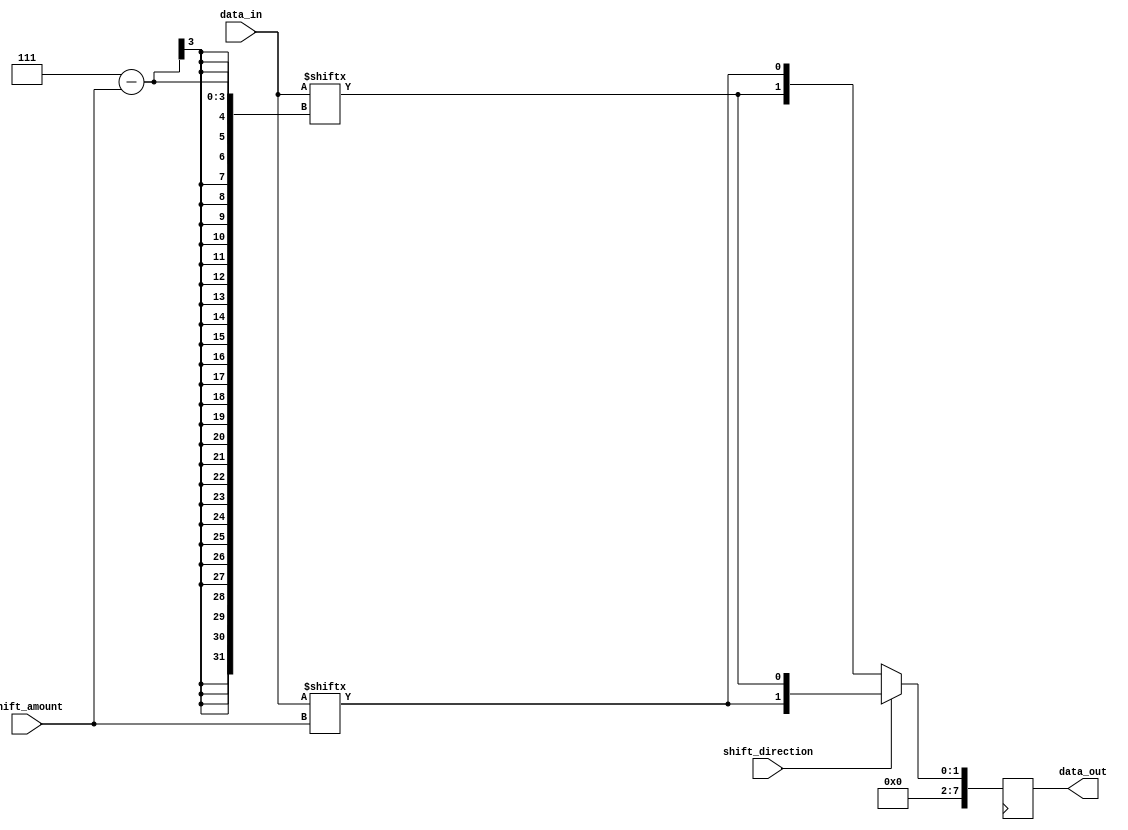
module barrel_shifter(input [7:0] data_in,
                        input [2:0] shift_amount,
                        input shift_direction,
                        output reg [7:0] data_out);

    always @(posedge clk) begin
        if (shift_direction) begin // Left shift
            data_out <= {data_in[shift_amount[2:0]], data_in[7-shift_amount[2:0]]};
        end else begin // Right shift
            data_out <= {data_in[7-shift_amount[2:0]], data_in[shift_amount[2:0]]};
        end
    end
endmodule